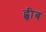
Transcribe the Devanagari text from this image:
ह्बीब